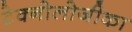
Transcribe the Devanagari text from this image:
टेक्नोलोजीका